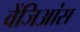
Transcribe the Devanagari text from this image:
वेंजिआंस